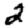
Digit: 2